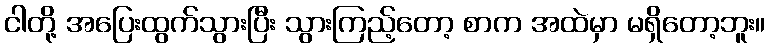
ငါတို့ အပြေးထွက်သွားပြီး သွားကြည့်တော့ စာက အထဲမှာ မရှိတော့ဘူး။